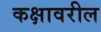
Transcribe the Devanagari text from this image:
कक्षावरील